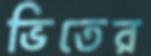
ভিতের